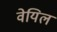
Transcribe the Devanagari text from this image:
वेयिल